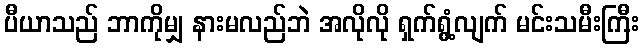
ပီယာသည် ဘာကိုမျှ နားမလည်ဘဲ အလိုလို ရှက်ရွံ့လျက် မင်းသမီးကြီး